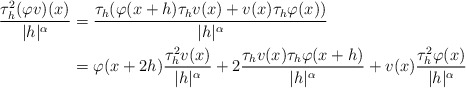
\begin{align*} \frac{\tau^2_h(\varphi v)(x)}{|h|^\alpha} & = \frac{\tau_h(\varphi(x+h) \tau_hv(x)+v(x) \tau_h\varphi(x))}{|h|^\alpha} \\ &=\varphi(x+2h)\frac{\tau^2_hv(x)}{|h|^\alpha}+2 \frac{\tau_hv(x)\tau_h\varphi(x+h)}{|h|^\alpha}+v(x) \frac{\tau^2_{h}\varphi(x)}{|h|^\alpha} \end{align*}